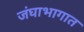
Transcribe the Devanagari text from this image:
जंघाभागात